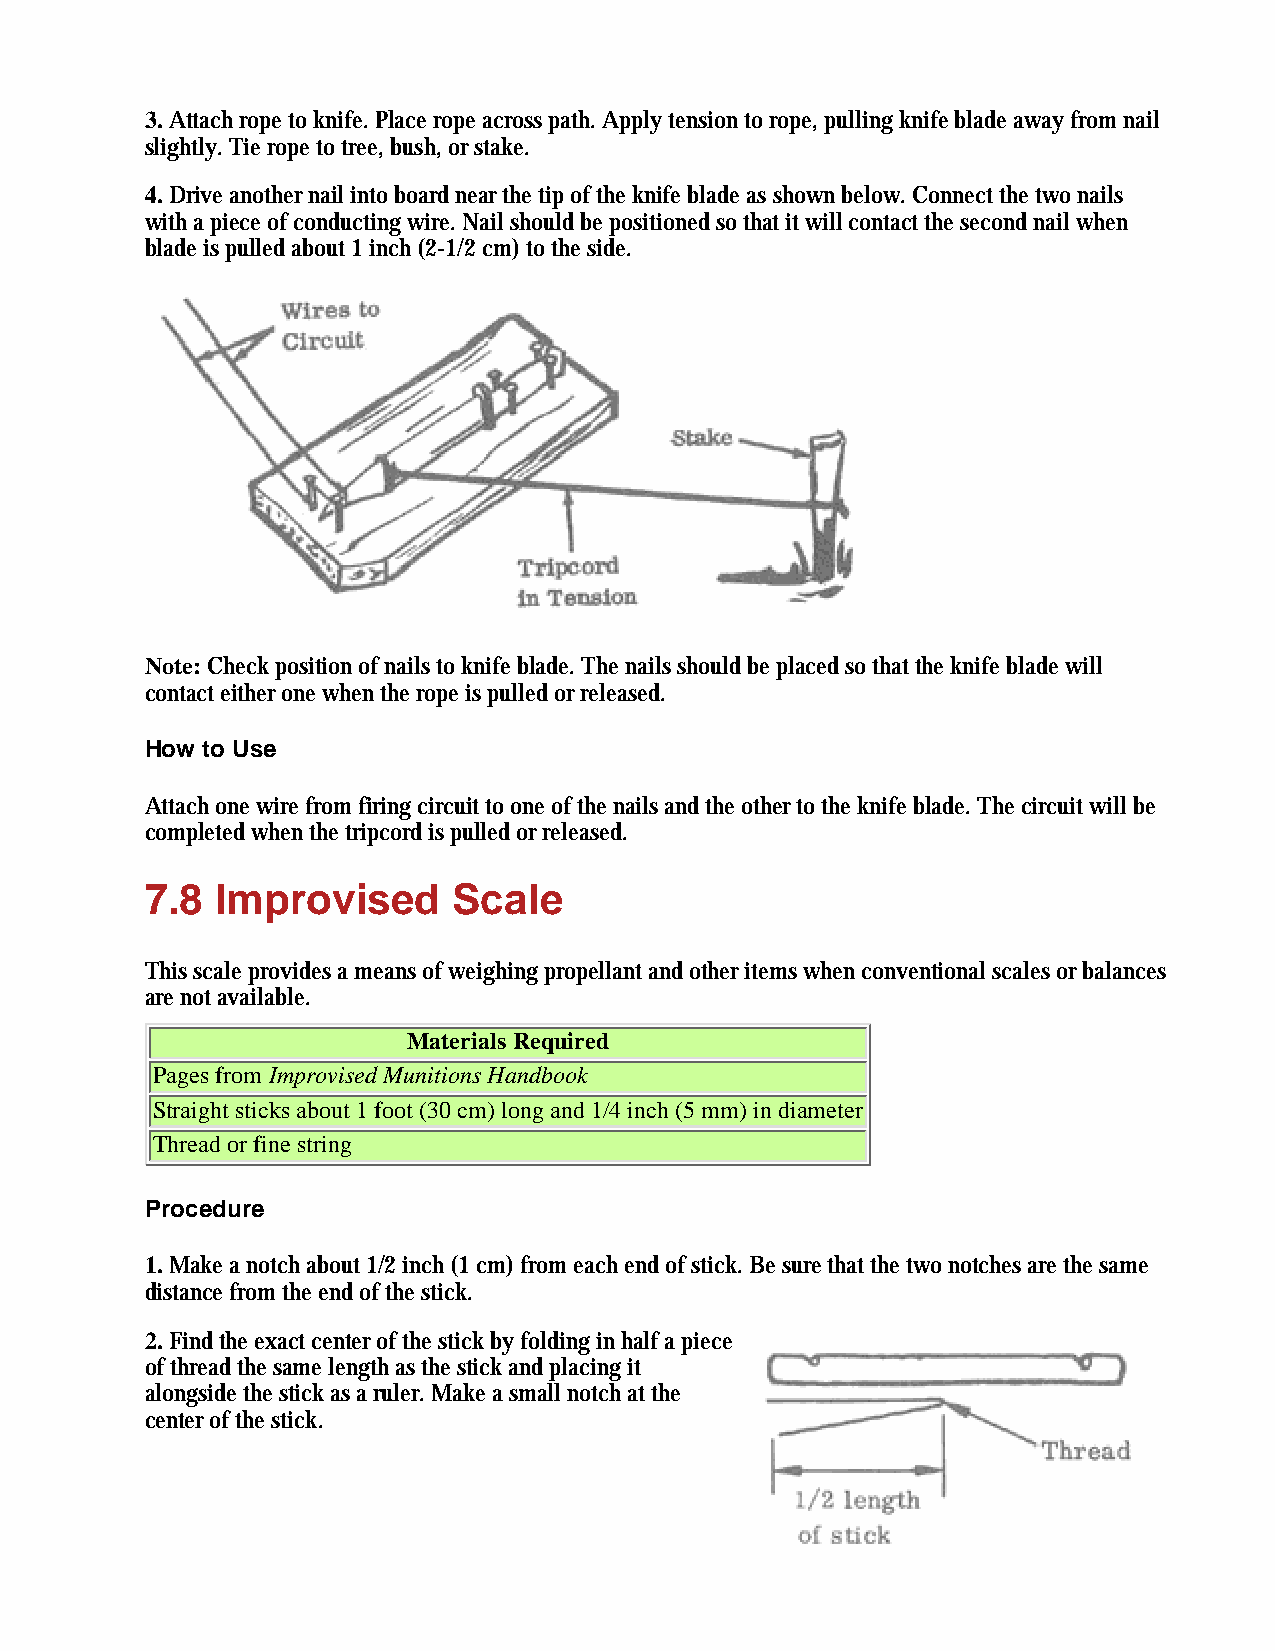
3. Attach rope to knife. Place rope across path. Apply tension to rope, pulling knife blade away from nail
 slightly. Tie rope to tree, bush, or stake.
 4. Drive another nail into board near the tip of the knife blade as shown below. Connect the two nails
 with a piece of conducting wire. Nail should be positioned so that it will contact the second nail when
 blade is pulled about 1 inch (2-1/2 cm) to the side.
 Note: Check position of nails to knife blade. The nails should be placed so that the knife blade will
 contact either one when the rope is pulled or released.
 How to Use
 Attach one wire from firing circuit to one of the nails and the other to the knife blade. The circuit will be
 completed when the tripcord is pulled or released.
 7.8 Improvised      Scale
 This scale provides a means of weighing propellant and other items when conventional scales or balances
 are not available.
 Materials Required
 Pages from Improvised Munitions Handbook
 Straight sticks about 1 foot (30 cm) long and 1/4 inch (5 mm) in diameter
 Thread or fine string
 Procedure
 1. Make a notch about 1/2 inch (1 cm) from each end of stick. Be sure that the two notches are the same
 distance from the end of the stick.
 2. Find the exact center of the stick by folding in half a piece
 of thread the same length as the stick and placing it
 alongside the stick as a ruler. Make a small notch at the
 center of the stick.